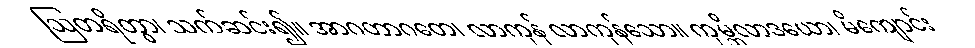
ဩတရိတွာ၊ သက်ဆင်း၍။ အာဂတာဂတေ၊ လာကုန် လာကုန်သော။ ကုမ္ဘိလာဒယော၊ မိကျောင်း